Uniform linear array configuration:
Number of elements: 32
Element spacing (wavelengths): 1
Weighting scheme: cosine
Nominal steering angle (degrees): -15
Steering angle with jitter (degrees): -16.24
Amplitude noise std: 0.05
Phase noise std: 0.05

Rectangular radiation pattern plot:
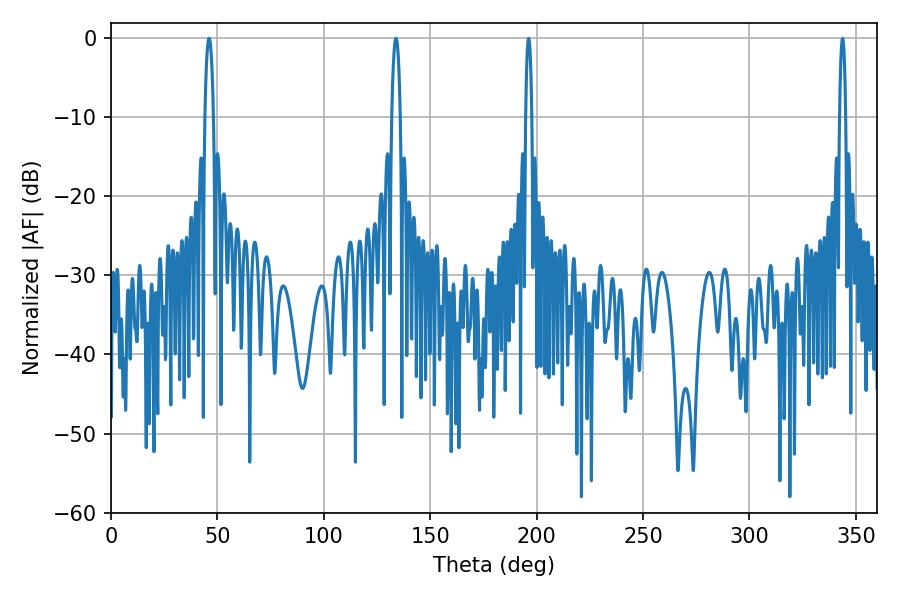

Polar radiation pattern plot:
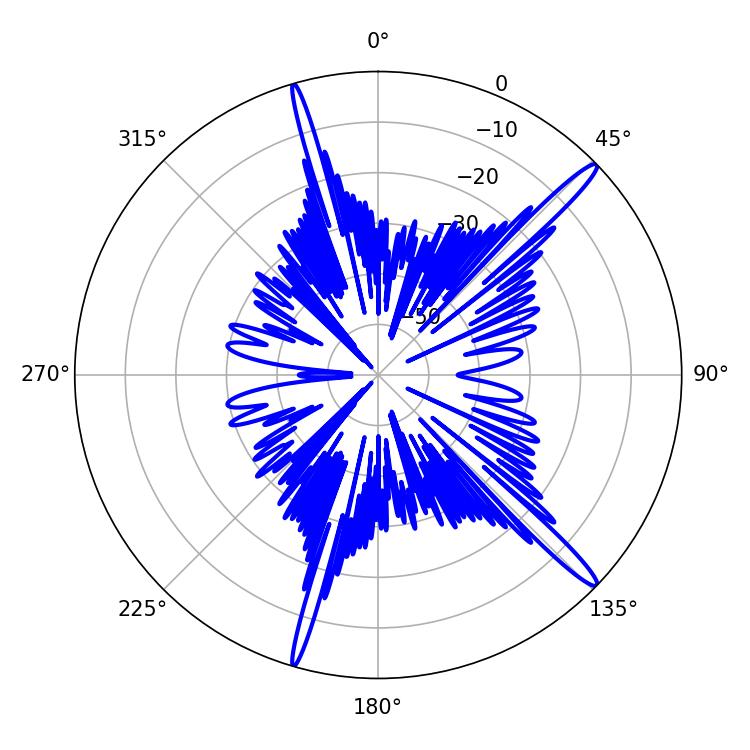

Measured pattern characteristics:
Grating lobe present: TRUE
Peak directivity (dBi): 16.293
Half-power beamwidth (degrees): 2.16
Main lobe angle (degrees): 133.92